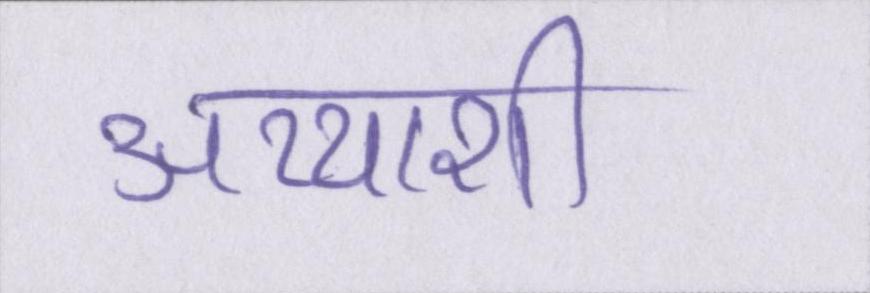
अय्याशी